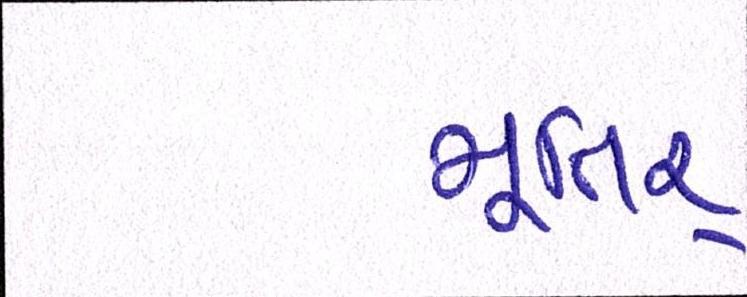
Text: મૂતિર્